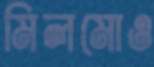
মিলমোও